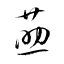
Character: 莇